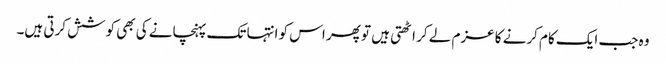
وہ جب ایک کام کرنے کا عزم لے کر اٹھتی ہیں تو پھر اس کو انتہا تک پہنچانے کی بھی کوشش کرتی ہیں۔